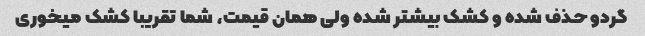
گردو حذف شده و کشک بیشتر شده ولی همان قیمت، شما تقریبا کشک میخوری